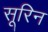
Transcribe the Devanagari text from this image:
सूरिन